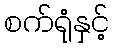
စက်ရုံနှင့်